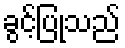
ခွင့်ပြုသည်